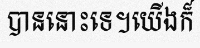
បាននោះទេ។យើងក៏